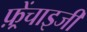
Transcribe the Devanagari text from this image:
फ़्रेंचाइजी